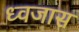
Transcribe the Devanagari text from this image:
ध्वजास